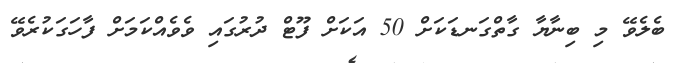
ބެލެވޭ މި ބިނާޔާ ގާތްގަނޑަކަށް 50 އަކަށް ފޫޓް ދުރުގައި ވެވެއްކަމަށް ފާހަގަކުރެވޭ